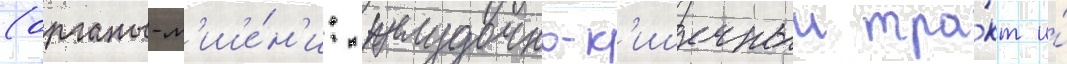
(органы-м'ише́н'и: желудочно-к'ишечныи тра́кт и́